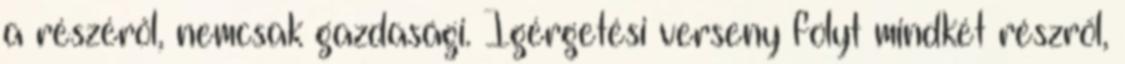
a részéről, nemcsak gazdasági. Ígérgetési verseny folyt mindkét részről,